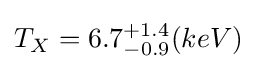
T_{X}={\displaystyle 6.7_{-0.9}^{+1.4}}(keV)